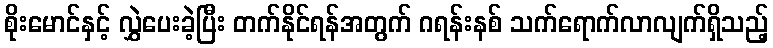
စိုးမောင်နှင့် လွှဲပေးခဲ့ပြီး တက်နိုင်ရန်အတွက် ဂရန်းနစ် သက်ရောက်လာလျက်ရှိသည့်